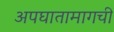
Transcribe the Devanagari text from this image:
अपघातामागची